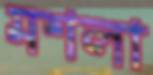
মশলা